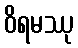
ဝိရမဿု